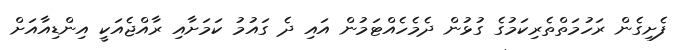
ފެށިގެން ރަހުމަތްތެރިކަމުގެ ގުޅުން ދެމެހެއްޓަމުން އައި ދެ ގައުމު ކަމަށާއި ރާއްޖެއަކީ އިންޑިއާއަށް